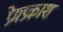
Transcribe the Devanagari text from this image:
प्रेमप्रकाश